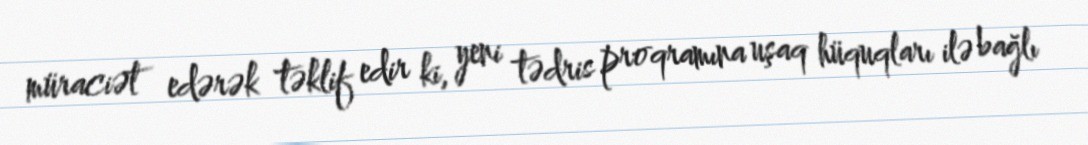
müraciət edərək təklif edir ki, yeni tədris proqramına uşaq hüquqları ilə bağlı